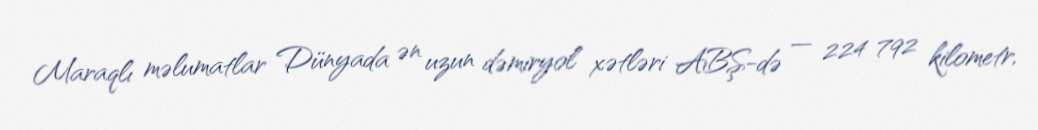
Maraqlı məlumatlar Dünyada ən uzun dəmiryol xətləri ABŞ-də — 224 792 kilometr,